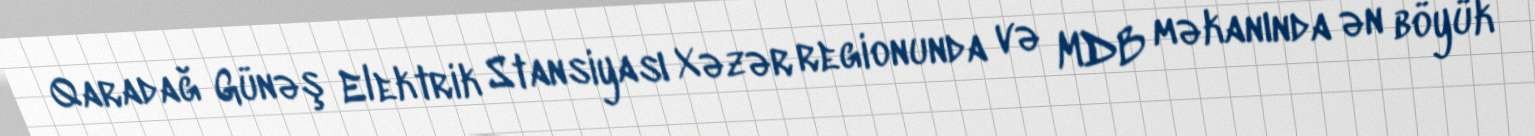
Qaradağ Günəş Elektrik Stansiyası Xəzər regionunda və MDB məkanında ən böyük